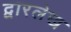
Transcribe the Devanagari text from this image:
द्वारलेख